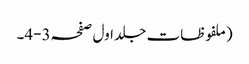
(ملفوظات جلد اول صفحہ3-4۔